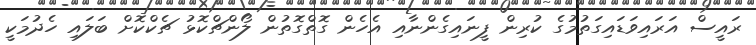
ރައީސް އަރައިވަޑައިގަތުމުގެ ކުރިން ފީނައިގެންނާއި އެެހެން ގޮތްގޮތުން ލޯންޗްކޮޅު ޗެކްކޮށް ބަލައި ހެދުމަކީ